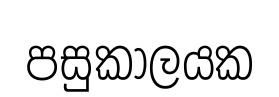
පසුකාලයක